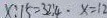
x : 1 5 = 3 2 : 4 \cdot x = 1 2